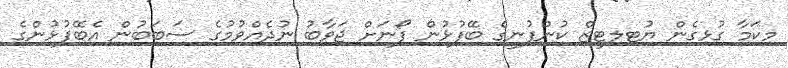
މިކަމާ ގުޅިގެން ޔުޓިލިޓީޒް ކުންފުނީގެ ބޭފުޅުން ފޯނަށް ޖަވާބު ނުދެއްވުމުގެ ސަބަބުން އެބޭފުޅުންގެ